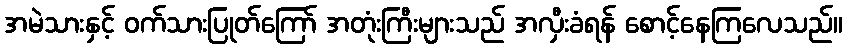
အမဲသားနှင့် ဝက်သားပြုတ်ကြော် အတုံးကြီးများသည် အလှီးခံရန် စောင့်နေကြလေသည်။